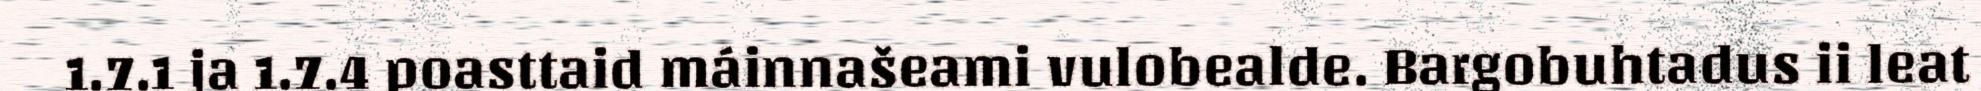
1.7.1 ja 1.7.4 poasttaid máinnašeami vulobealde. Bargobuhtadus ii leat